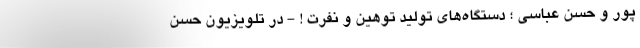
پور و حسن عباسی ؛ دستگاه‌های تولید توهین و نفرت ! - در تلویزیون حسن